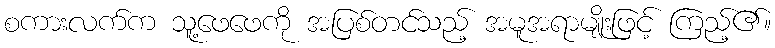
စကားလက်က သူ့ဖေဖေကို အပြစ်တင်သည့် အမူအရာမျိုးဖြင့် ကြည့်၏။